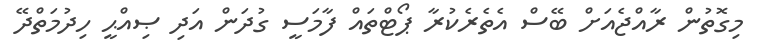
މިގޮތުން ރާއްޖެއަށް ބޭސް އެތެރެކުރާ ޕޯޓްތައް ފާމަސީ ގުދަން އަދި ޞިއްޙީ ހިދުމަތްދޭ